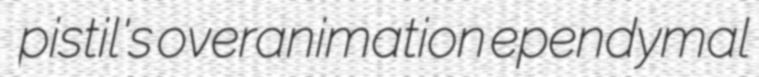
pistil's overanimation ependymal